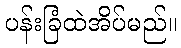
ပန်းခြံထဲအိပ်မည်။